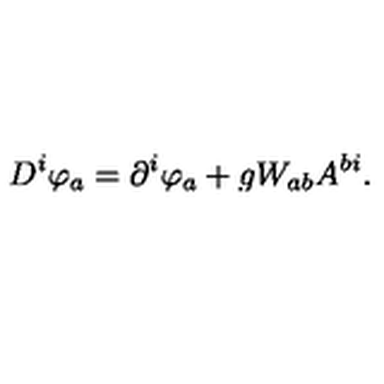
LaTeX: D ^ { i } \varphi _ { a } = \partial ^ { i } \varphi _ { a } + g W _ { a b } A ^ { b i } .